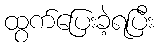
ထွက်ပြေးခဲ့ရပြီး